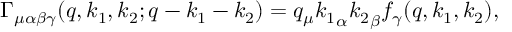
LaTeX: \Gamma _ { \mu \alpha \beta \gamma } ( q , k _ { 1 } , k _ { 2 } ; q - k _ { 1 } - k _ { 2 } ) = q _ { \mu } { k _ { 1 } } _ { \alpha } { k _ { 2 } } _ { \beta } f _ { \gamma } ( q , k _ { 1 } , k _ { 2 } ) ,